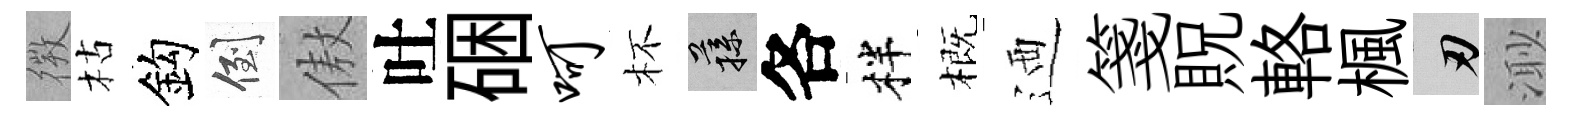
𢕄枯鈎倒傲吐硱呵杯蓀各柈概迺箋貺輅楓刃𣺌